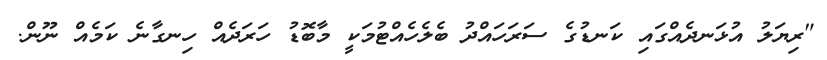
"ރިޔަލު އުޅަނދެއްގައި ކަނޑުގެ ސަރަހައްދު ބެލެހެއްޓުމަކީ މާބޮޑު ހަރަދެއް ހިނގާނެ ކަމެއް ނޫން.